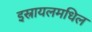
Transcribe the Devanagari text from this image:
इस्रायलमधिल